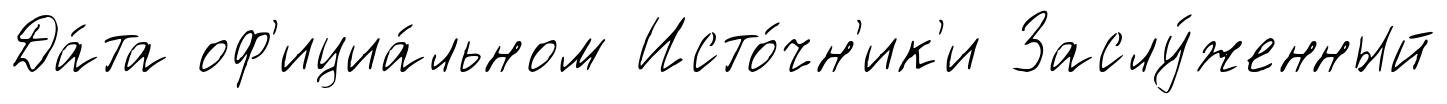
Да́та оф'ициа́льном Исто́чн'ик'и Заслу́женный